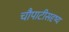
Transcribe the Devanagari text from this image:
चौपाटीसदृष्य